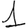
Digit: 1